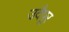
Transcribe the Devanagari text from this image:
उदैपूर